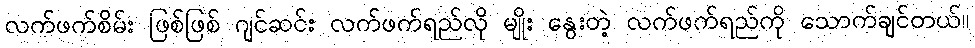
လက်ဖက်စိမ်း ဖြစ်ဖြစ် ဂျင်ဆင်း လက်ဖက်ရည်လို မျိုး နွေးတဲ့ လက်ဖက်ရည်ကို သောက်ချင်တယ်။